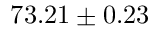
7 3 . 2 1 \pm 0 . 2 3